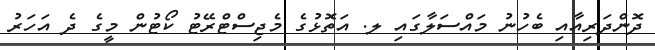
ދޮންދަރިއާއި ބެހުނު މައްސަލާގައި ލ. އަތޮޅުގެ މެޖިސްޓްރޭޓު ކޯޓުން މީގެ ދެ އަހަރު